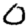
Digit: 0